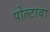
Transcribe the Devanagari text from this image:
पोल्टावा